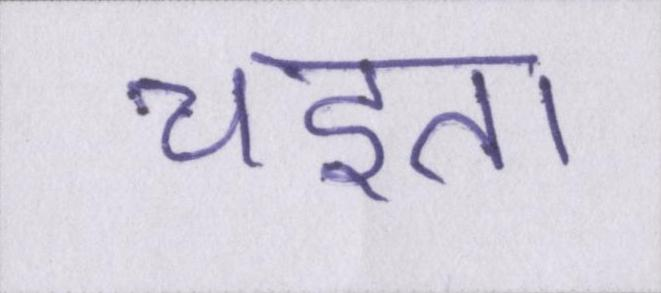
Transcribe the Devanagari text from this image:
चइता